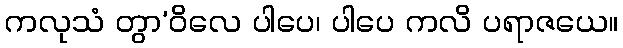
ကလုသံ တွာ’ဝိလေ ပါပေ၊ ပါပေ ကလိ ပရာဇယေ။